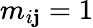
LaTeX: m_{i\mathbf{j}}=1